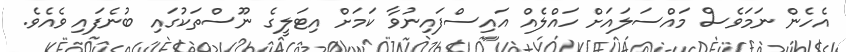
އެހެން ނަމަވެސް މައްސަލައަށް ހައްލެއް އައިސްފައިނުވާ ކަމަށް އިޓަލީގެ ނޫސްތަކުގައި ބުނެފައި ވެއެވެ.